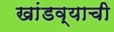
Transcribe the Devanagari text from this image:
खांडव्याची